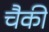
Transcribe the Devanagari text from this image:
चैकी